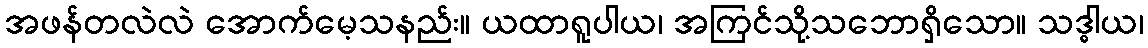
အဖန်တလဲလဲ အောက်မေ့သနည်း။ ယထာရူပါယ၊ အကြင်သို့သဘောရှိသော။ သဒ္ဓါယ၊